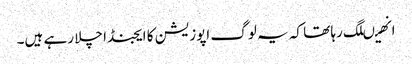
انھیںلگ رہا تھا کہ یہ لوگ اپوزیشن کا ایجنڈا چلا رہے ہیں۔